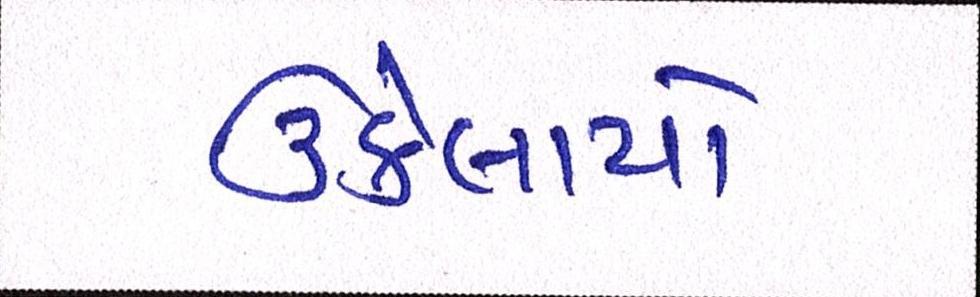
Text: ઉકેલાયો